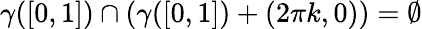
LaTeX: \gamma([0,1])\cap(\gamma([0,1])+(2\pi k,0))=\emptyset